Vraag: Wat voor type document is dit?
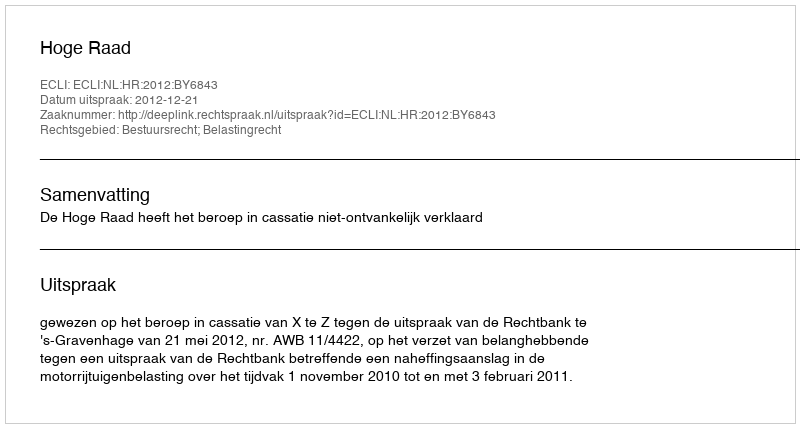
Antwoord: Uitspraak